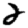
Digit: 2